Scottish Leaving Certificate Examination, 1953
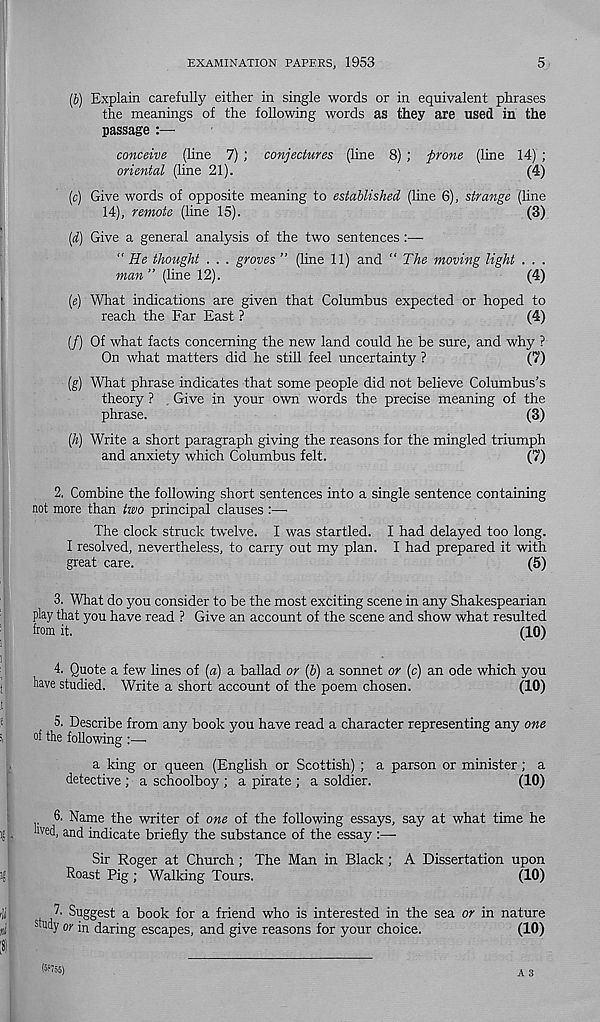
EXAMINATION PAPERS, 1953
5
(b) Explain carefully either in single words or in equivalent phrases
the meanings of the following words as they are used in the
passage :—
conceive (line 7) ; conjectures (line 8) ; prone (line 14) ;
oriental (line 21).
(4)
(c) Give words of opposite meaning to established (line 6), strange (line
14), remote (line 15).
(3)
(d) Give a general analysis of the two sentences
“ He thought . . . groves ” (line 11) and “ The moving light . . .
man ” (line 12).
(4)
(e) What indications are given that Columbus expected or hoped to
reach the Far East ?
(4)
(/) Of what facts concerning the new land could he be sure, and why ?
On what matters did he still feel uncertainty ?
(7)
(g) What phrase indicates that some people did not believe Columbus’s
theory ? Give in your own words the precise meaning of the
phrase.
(3)
[h) Write a short paragraph giving the reasons for the mingled triumph
and anxiety which Columbus felt.
(7)
2. Combine the following short sentences into a single sentence containing
not more than two principal clauses :—•
The clock struck twelve. I was startled. I had delayed too long.
I resolved, nevertheless, to carry out my plan. I had prepared it with
great care.
(5)
3. What do you consider to be the most exciting scene in any Shakespearian
play that you have read ? Give an account of the scene and show what resulted
from it.
(10)
4. Quote a few lines of (a) a ballad or (b) a sonnet or (c) an ode which you
have studied. Write a short account of the poem chosen.
(10)
5. Describe from any book you have read a character representing any one
°f the following :—
a king or queen (English or Scottish) ; a parson or minister; a
detective ; a schoolboy ; a pirate ; a soldier.
(10)
6. Name the writer of one of the following essays, say at what time he
hved, and indicate briefly the substance of the essay :—
Sir Roger at Church ; The Man in Black ; A Dissertation upon
Roast Pig ; Walking Tours.
(10)
Suggest a book for a friend who is interested in the sea or in nature
study or in daring escapes, and give reasons for your choice.
(10)